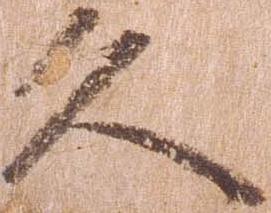
久